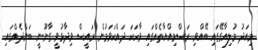
މިއަދު މުލިއާގޭގައި ބޭއްވި ރަސްމިއްޔާތެއްގައި ވާހަކަ ދައްކަވަމުން ރައީސް ވިދާޅުވީ ގާނޫނީ ބަންދެއްގައި